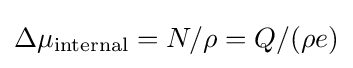
\Delta \mu _{\text{internal}}=N/\rho =Q/(\rho e)